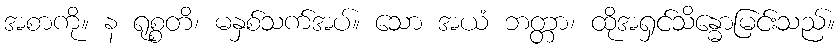
အစာကို။ န ရုစ္စတိ၊ မနှစ်သက်အပ်။ သော အယံ ဘတ္တာ၊ ထိုအရှင်သိန္ဓောမြင်းသည်။